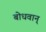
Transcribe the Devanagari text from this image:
बोधवान्